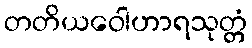
တတိယဝေါဟာရသုတ္တံ